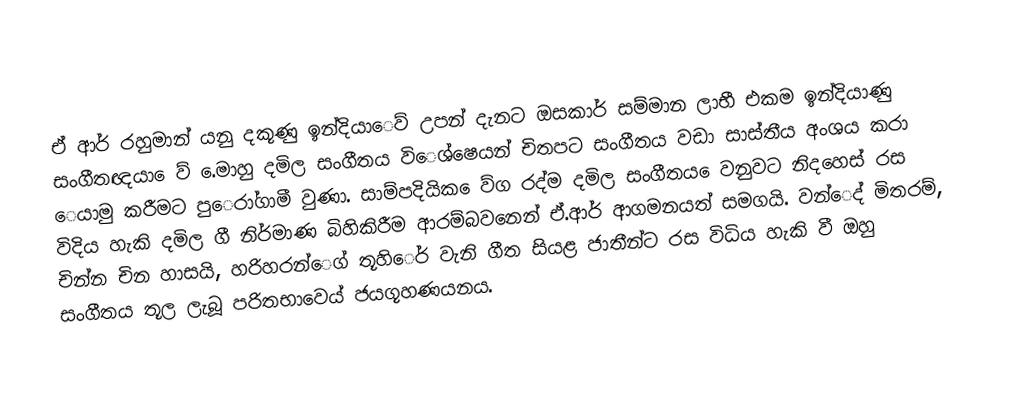
ඒ ආර් රහුමාන් යනු දකූණු ඉන්දියාෙව් උපන් දැනට ඔසකාර් සම්මාන ලාභී එකම ඉන්දියාණු සංගීතඥයා ෙව් .ෙමාහු දමිල සංගීතය විෙශ්ෂෙයන් චිතපට සංගීතය වඩා සාස්තීය අංශය කරා ෙයාමු කරීමට පුෙරා්ගාමී වුණා. සාම්පදියික ෙව්ග රද්ම දමිල සංගීතය ෙවනුවට නිදහෙස් රස විදිය හැකි දමිල ගී නිර්මාණ බිහිකිරීම ආරම්බවනෙන් ඒ.ආර් ආගමනයත් සමගයි. වන්ෙද් මිතරම්, චින්න චින හාසයි, හරිහරන්ෙග් තූහිෙර් වැනි ගීත සියළ ජාතීන්ට රස විධිය හැකි වී ඔහු  සංගීතය තූල ලැබූ පරිතභාවෙය් ජයගූහණයනය.